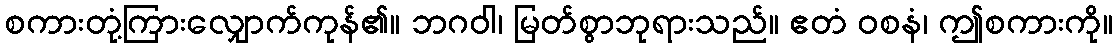
စကားတုံ့ကြားလျှောက်ကုန်၏။ ဘဂဝါ၊ မြတ်စွာဘုရားသည်။ ဧတံ ဝစနံ၊ ဤစကားကို။